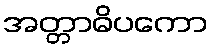
အတ္တာဓိပကော